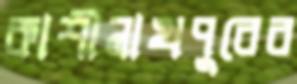
কাশীনাথপুরের